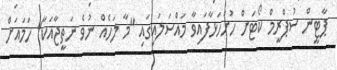
ޕާޓީން ސުޕްރީމް ކޯޓަށް ހުށަހަޅާފައިވާ މައްސަލައިގައި "މާ ލަހެއް ނުވެ ނަތީޖާއަކާ" ހަމައަށް